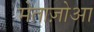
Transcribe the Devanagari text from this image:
मेताज़ोआ